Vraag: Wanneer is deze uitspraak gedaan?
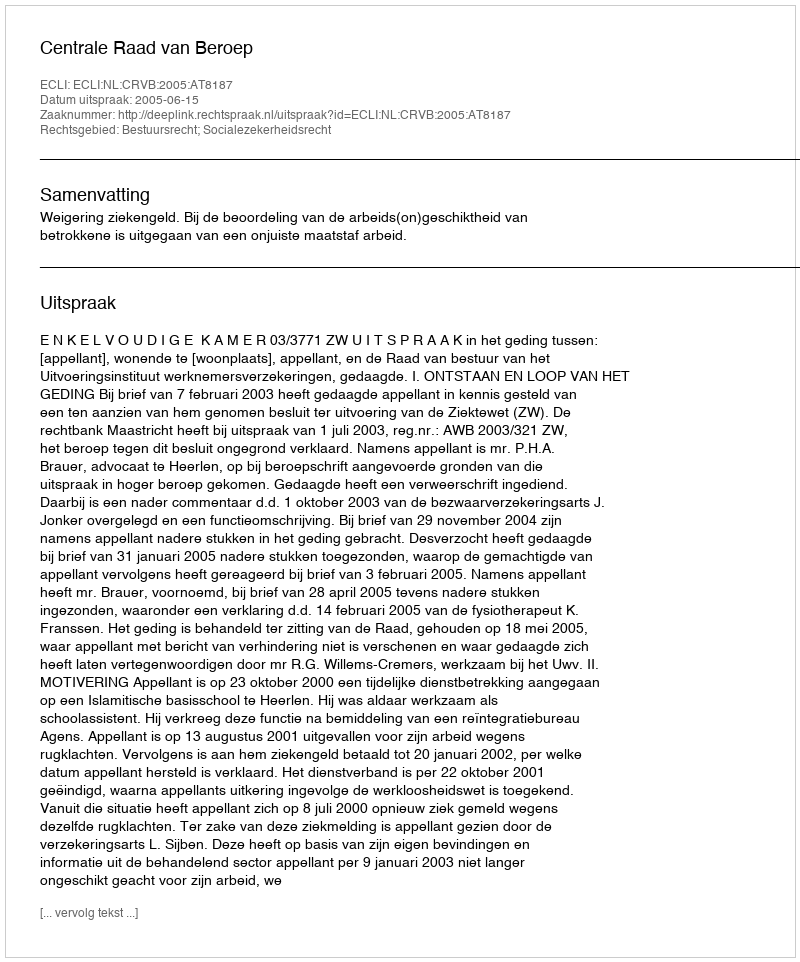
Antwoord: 2005-06-15